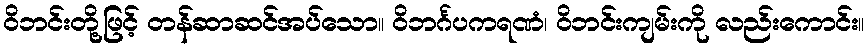
ဝိဘင်းတို့ဖြင့် တန်ဆာဆင်အပ်သော။ ဝိဘင်္ဂပကရဏံ၊ ဝိဘင်းကျမ်းကို လည်းကောင်း။